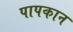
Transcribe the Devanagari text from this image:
पापकान